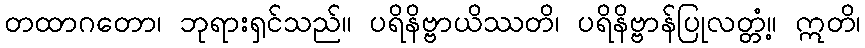
တထာဂတော၊ ဘုရားရှင်သည်။ ပရိနိဗ္ဗာယိဿတိ၊ ပရိနိဗ္ဗာန်ပြုလတ္တံ့။ ဣတိ၊